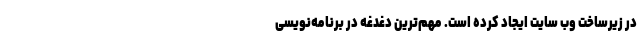
در زیرساخت وب سایت ایجاد کرده است. مهم‌ترین دغدغه در برنامه‌نویسی